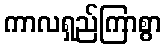
ကာလရှည်ကြာစွာ